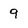
Character: 9